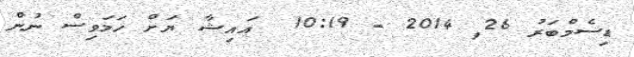
ޑިސެމްބަރު 26